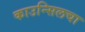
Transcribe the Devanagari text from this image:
काउन्सिलचा